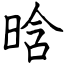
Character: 晗